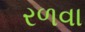
રળવા